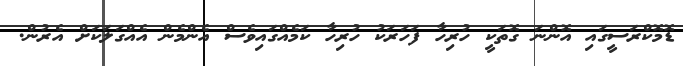
ޑޮމޮކްރަސީގައި އޮންނަ ގޮތަކީ ހުރިހާ ފަހަރަކު ހުރިހާ ކަމެއްގައިވެސް އެންމެން އެއްގަލަކަށް އެރުން.